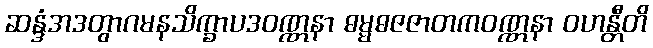
ဆန္ဒံအဒတွာဂမနသိက္ခာပဒဝဏ္ဏနာ ဓမ္မဓဇဇာတကဝဏ္ဏနာ ဝဟန္တီတိ